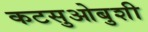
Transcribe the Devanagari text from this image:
कटसुओबुशी